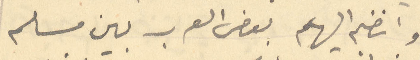
وانضم اليهم بعض العرب بين مسلم